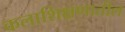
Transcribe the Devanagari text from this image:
कलाशिक्षणातील